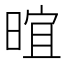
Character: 𬁁